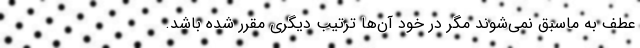
عطف به ماسبق نمی‌شوند مگر در خود آن‌ها ترتیب دیگری مقرر شده باشد.